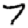
Digit: 7